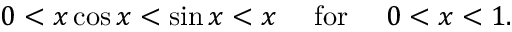
0 < x \cos x < \sin x < x \quad { \mathrm { ~ f o r ~ } } \quad 0 < x < 1 .